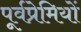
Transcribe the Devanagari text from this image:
पूर्वप्रेमियों